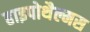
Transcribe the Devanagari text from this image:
हाइपोथैल्मस